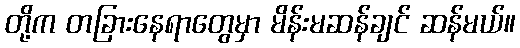
တို့က တခြားနေရာတွေမှာ မိန်းမဆန်ချင် ဆန်မယ်။